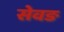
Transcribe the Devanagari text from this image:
सेवङ